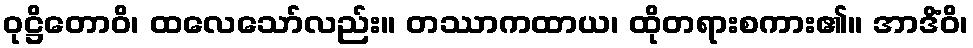
ဝုဋ္ဌိတောဝိ၊ ထလေသော်လည်း။ တဿာကထာယ၊ ထိုတရားစကား၏။ အာဒိံဝိ၊